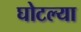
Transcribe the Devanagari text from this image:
घोटल्या